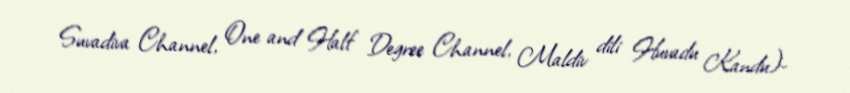
Suvadiva Channel, One and Half Degree Channel, Maldiv dili Huvadu Kandu)-